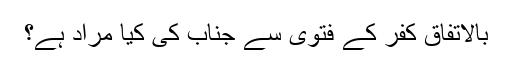
بالاتفاق کفر کے فتویٰ سے جناب کی کیا مراد ہے؟